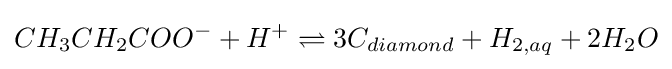
CH_{3}CH_{2}COO^{-}+H^{+}\rightleftharpoons 3C_{diamond}+H_{2,aq}+2H_{2}O